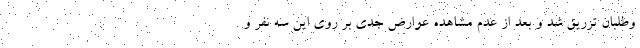
وطلبان تزریق شد و بعد از عدم مشاهده عوارض جدی بر روی این سه نفر و